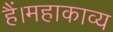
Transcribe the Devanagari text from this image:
हैं।महाकाव्य